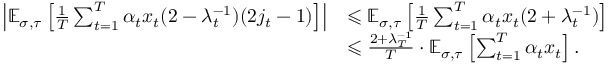
\begin{array} { r l } { \left| \mathbb { E } _ { \sigma , \tau } \left[ \frac { 1 } { T } \sum _ { t = 1 } ^ { T } \alpha _ { t } x _ { t } ( 2 - \lambda _ { t } ^ { - 1 } ) ( 2 j _ { t } - 1 ) \right] \right| } & { \leqslant \mathbb { E } _ { \sigma , \tau } \left[ \frac { 1 } { T } \sum _ { t = 1 } ^ { T } \alpha _ { t } x _ { t } ( 2 + \lambda _ { t } ^ { - 1 } ) \right] } \\ & { \leqslant \frac { 2 + \lambda _ { T } ^ { - 1 } } { T } \cdot \mathbb { E } _ { \sigma , \tau } \left[ \sum _ { t = 1 } ^ { T } \alpha _ { t } x _ { t } \right] . } \end{array}